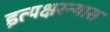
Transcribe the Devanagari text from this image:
इत्यक्षरन्यास